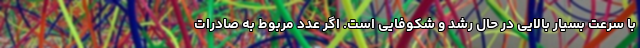
با سرعت بسیار بالایی در حال رشد و شکوفایی است. اگر عدد مربوط به صادرات